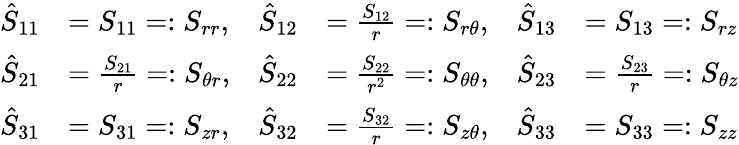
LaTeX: {\begin{array}{rlrlrl}{{\hat{S}}_{11}}&{=S_{11}=:S_{rr},}&{{\hat{S}}_{12}}&{={\frac{S_{12}}{r}}=:S_{r\theta},}&{{\hat{S}}_{13}}&{=S_{13}=:S_{rz}}\\ {{\hat{S}}_{21}}&{={\frac{S_{21}}{r}}=:S_{\theta r},}&{{\hat{S}}_{22}}&{={\frac{S_{22}}{r^{2}}}=:S_{\theta\theta},}&{{\hat{S}}_{23}}&{={\frac{S_{23}}{r}}=:S_{\theta z}}\\ {{\hat{S}}_{31}}&{=S_{31}=:S_{zr},}&{{\hat{S}}_{32}}&{={\frac{S_{32}}{r}}=:S_{z\theta},}&{{\hat{S}}_{33}}&{=S_{33}=:S_{zz}}\end{array}}